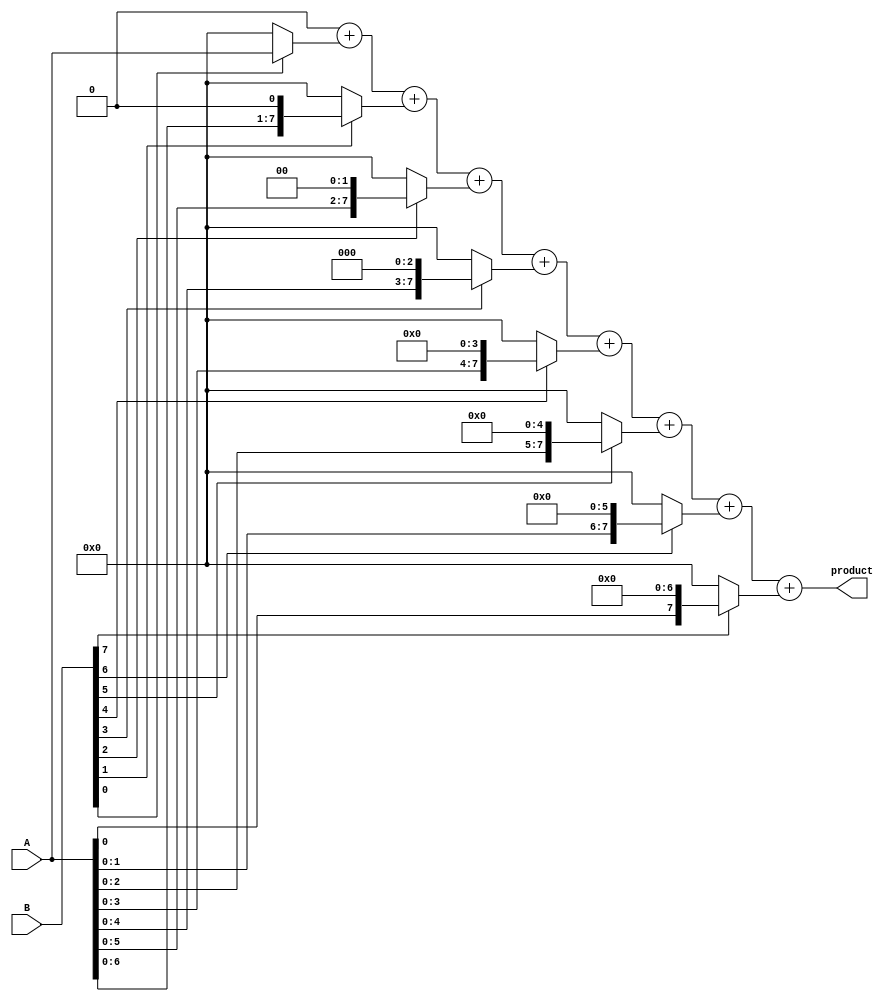
module csd_multiplier #(parameter WIDTH = 8) (
    input signed [WIDTH-1:0] A, // CSD input A
    input signed [WIDTH-1:0] B, // CSD input B
    output reg signed [2*WIDTH-1:0] product // Output product
);

    // CSD representation of the input B
    reg signed [WIDTH-1:0] partial_products [0:WIDTH-1];
    integer i;

    always @(*) begin
        // Initialize product to zero
        product = 0;

        // Generate partial products based on CSD representation of B
        for (i = 0; i < WIDTH; i = i + 1) begin
            case (B[i])
                1: partial_products[i] = A << i; // A shifted left by i
                -1: partial_products[i] = -A << i; // -A shifted left by i
                default: partial_products[i] = 0; // No action for 0
            endcase
        end

        // Accumulate partial products
        for (i = 0; i < WIDTH; i = i + 1) begin
            product = product + partial_products[i];
        end
    end
endmodule